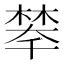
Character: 𣗚